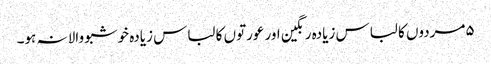
۵مردوں کا لباس زیادہ رنگین اور عورتوں کا لباس زیادہ خوشبو والا نہ ہو۔